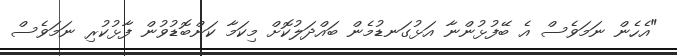
"އެހެން ނަމަވެސް އެ ބޭފުޅުންނާ އަޅުގަނޑުމެން ބައްދަލުކޮށް މިކަމާ ކަންބޮޑުވުން ފާޅުކުރި ނަމަވެސް